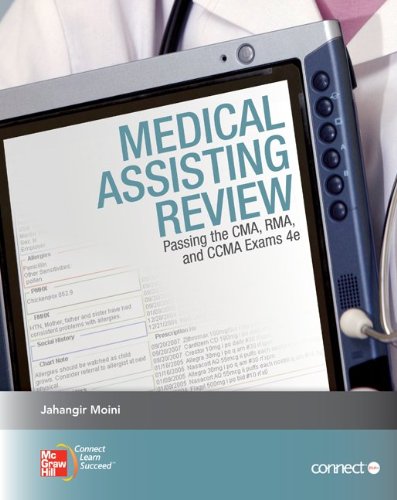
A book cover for Medical Assisting Review: Passing the CMA, RMA, and CCMA Exams; Jahangir Moini; Medical Books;